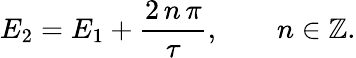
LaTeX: E_{2}=E_{1}+\frac{2\, n\, \pi}{\tau},\qquad n\in\mathbb{Z}.